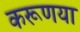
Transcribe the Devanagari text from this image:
करूणया